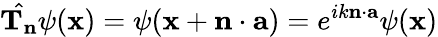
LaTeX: {\hat{\mathbf{T_{n}}}}\psi(\mathbf{x})=\psi(\mathbf{x}+\mathbf{n}\cdot\mathbf{a})=e^{ik\mathbf{n}\cdot\mathbf{a}}\psi(\mathbf{x})